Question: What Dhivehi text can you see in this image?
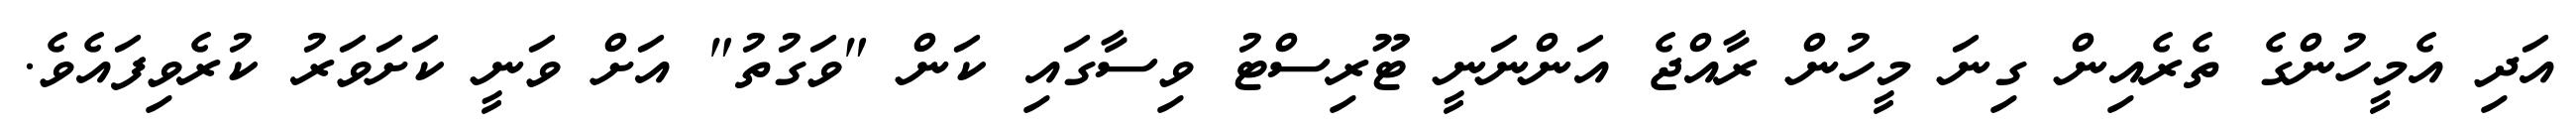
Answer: އަދި އެމީހުންގެ ތެރެއިން ގިނަ މީހުން ރާއްޖެ އަންނަނީ ޓޫރިސްޓު ވިސާގައި ކަން "ވަގުތު" އަށް ވަނީ ކަށަވަރު ކުރެވިފައެވެ.